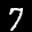
Label: 7